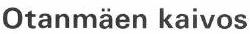
Otanmäen kaivos